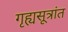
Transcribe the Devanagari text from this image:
गृह्यसूत्रांत